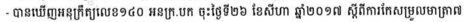
- បានឃើញអនុក្រឹត្យលេខ១៤០ អនក្រ.បក ចុះថ្ងៃទី២៦ ខែសីហា ឆ្នាំ២០១៧ ស្តីពីការកែសម្រួលមាត្រា៧